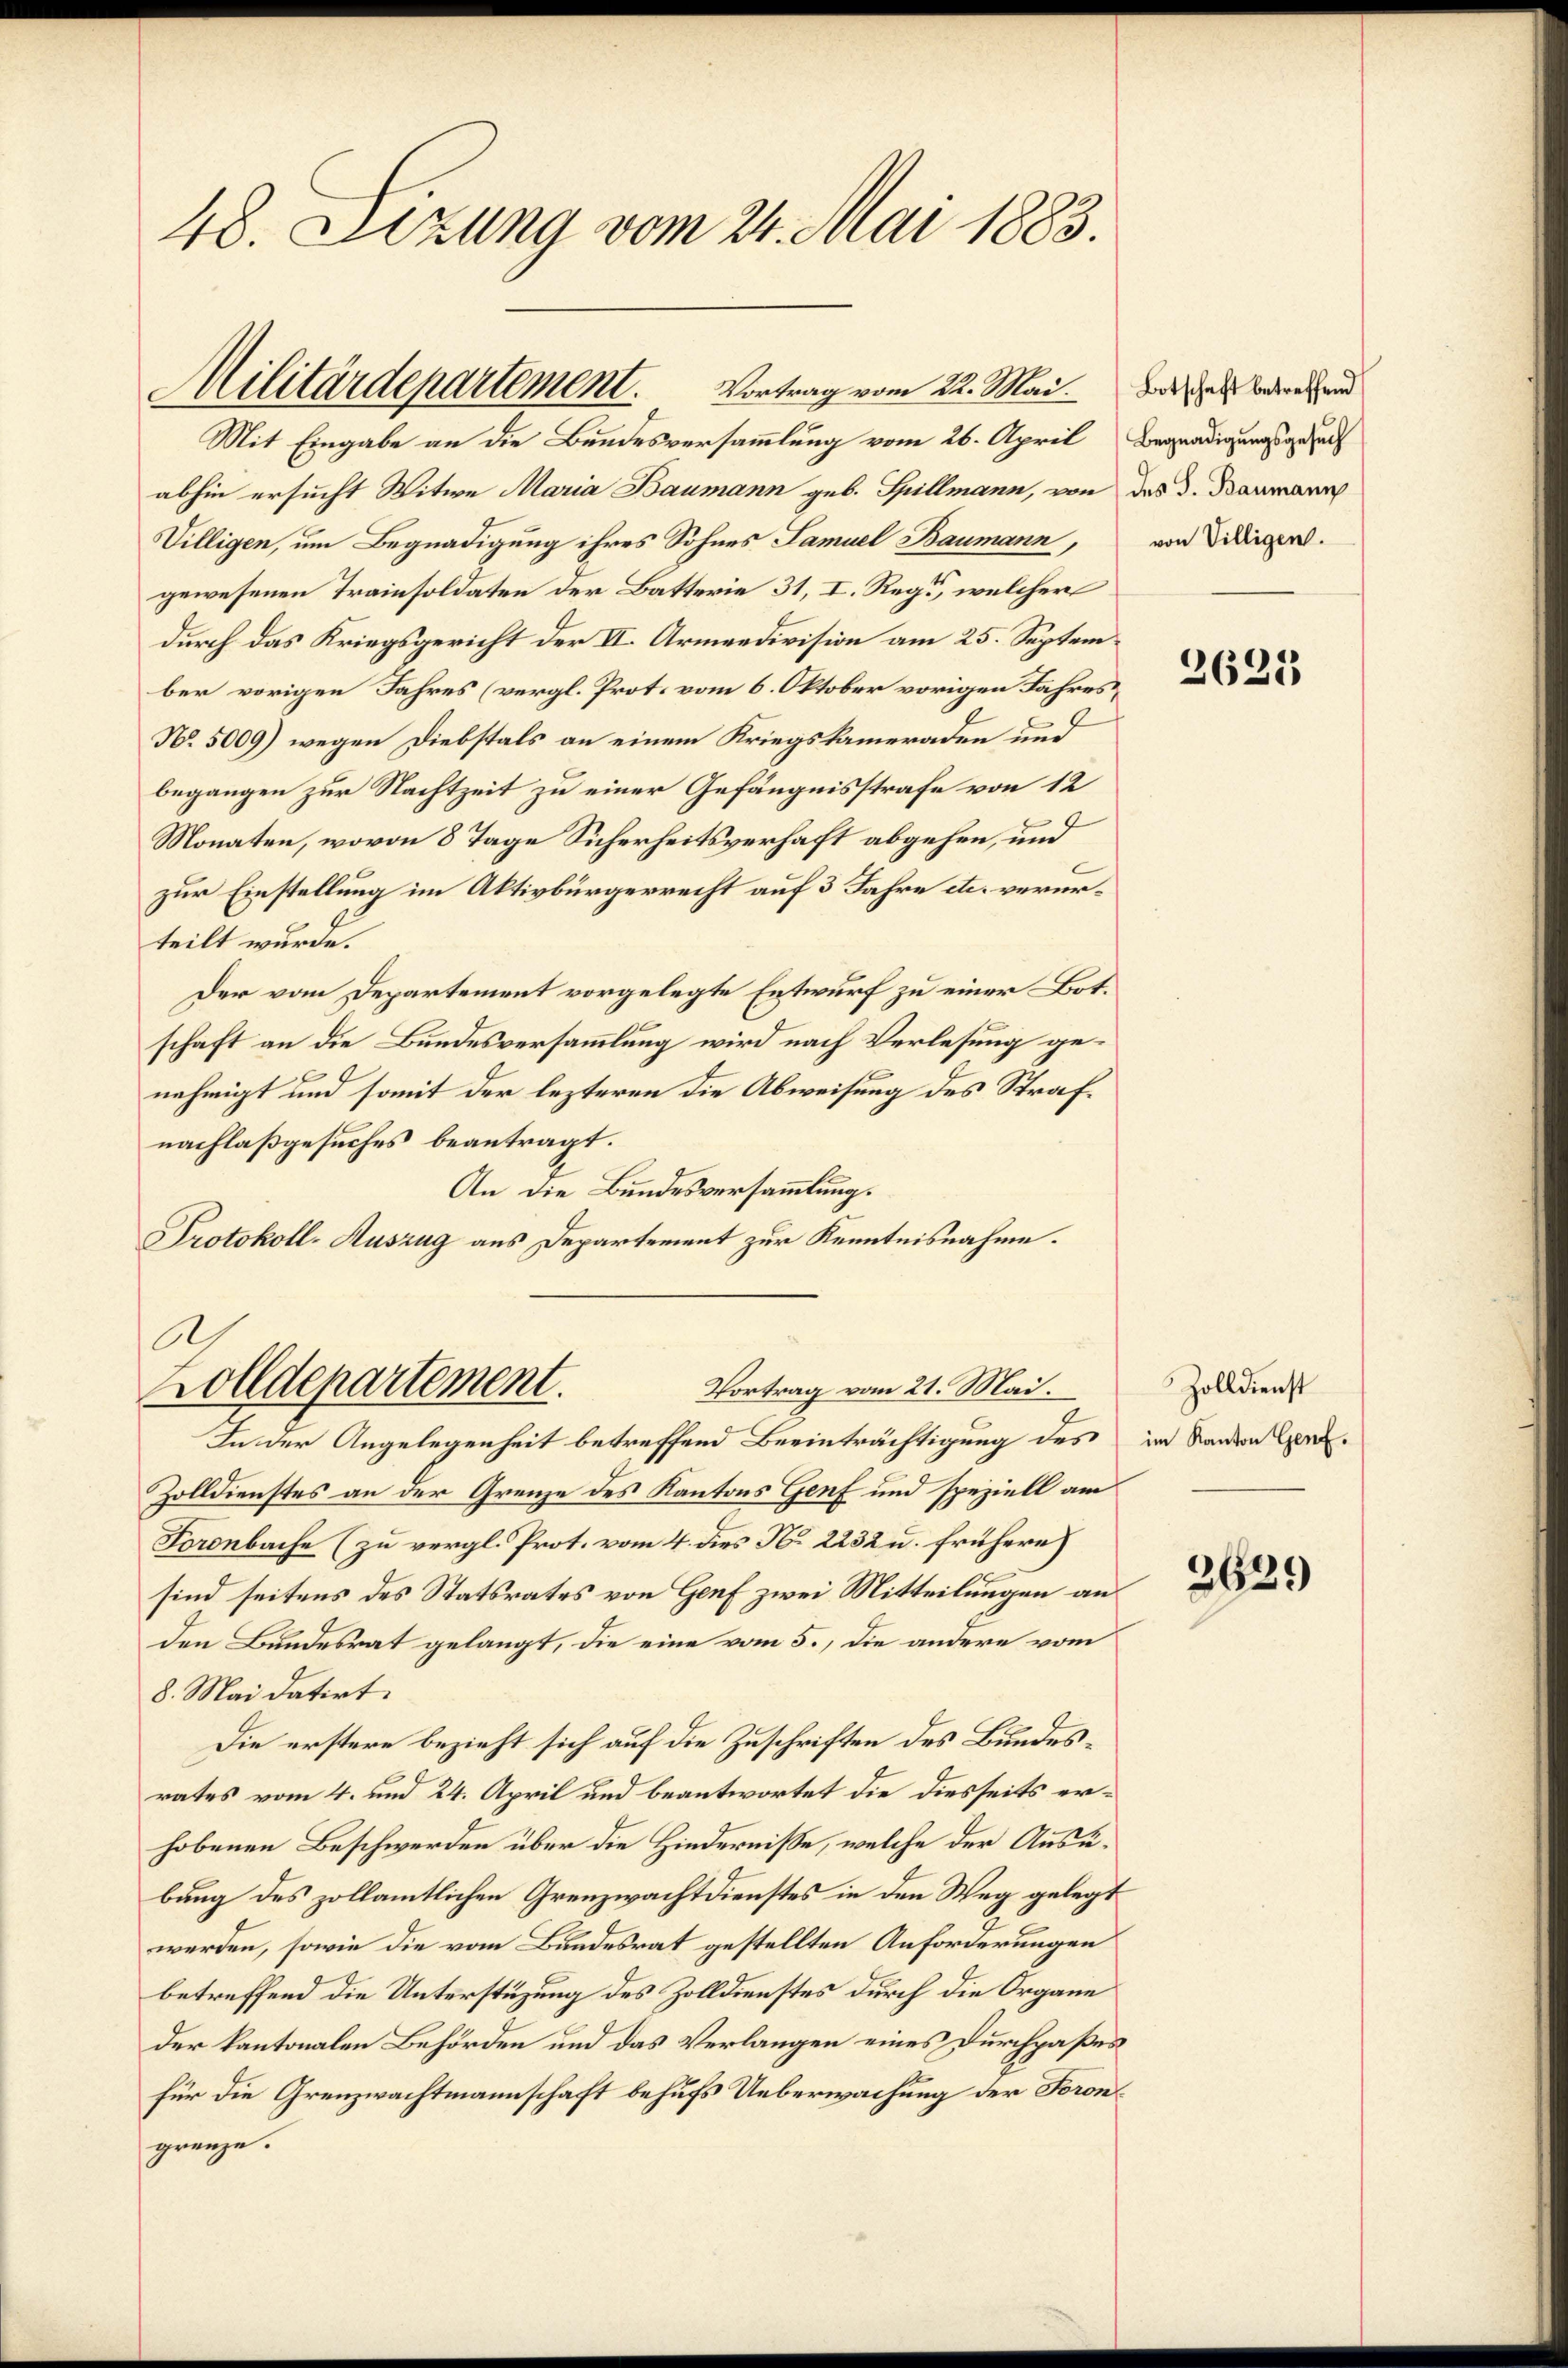
48. Sizung vom 21. Mai 1883.

Mit Eingabe an die Bundesversammlung vom 26. April
abhin ersucht Witwe Maria Baumann geb. Spillmann, von des d. Baumann
Villigen, um Begnadigung ihres Sohnes Samuel Baumann,
gewesenen Trainsoldaten der Batterie 31, I. Rege, welcher
durch das Kriegsgericht der II. Armeedivision am 25. September vorigen Jahres (vergl. Prot. vom 6. Oktober vorigen Jahres¬
No. 5009) wegen Diebstals an einem Kriegskameraden und
begangen zur Nachtzeit zu einer Gefängnisstrafe von 12
Monaten, wovon 8 Tage Sicherheitsverhaft abgehen, und
zur Einstellung im Aktivbürgerrecht auf 3 Jahre etc. verurteilt wurde.
Der vom Departement vorgelegte Entwurf zu einer Botschaft an die Bundesversammlung wird nach Verlesung genehmigt und somit der lezteren die Abweisung des Strafnachlaßgesuches beantragt.
An die Bundesversammlung.
Protokoll-Auszug aus Departement zur Kenntnisnahme.

Militärdepartement. Vortrag vom 22. Mai.

A.
Zolldepartement.
Vortrag vom 21. Mai.

In der Angelegenheit betreffend Beeinträchtigung des in Sanderner
Zolldienstes an der Grenze des Kantons Genf und speziell am
Foronbache (zu vergl. Prot. vom 4. dies No. 2232 u. frühere
sind seitens des Statsrates von Genf zwei Mitteilungen an
den Bundesrat gelangt, die eine vom 5., die andere vom
8. Mai datirt.
Die erstere bezieht sich auf die Zuschriften des Bundesrates vom 4. und 24. April und beantwortet die diesseits erhobenen Beschwerden über die Hindernisse, welche der Ausubung des zollamtlichen Grenzwachtdienstes in den Weg gelegt
werden, sowie die vom Bundesrat gestellten Anforderungen
betreffend die Unterstüzung des Zolldienstes durch die Organe
der kantonalen Behörden und das Verlangen eines Durchpaßes
für die Grenzwachtmannschaft behufs Ueberwachung der Forongrenze.

Botschaft betreffend
Begnadigungsgesuch
von Villigen.

2625

Zolldienst

3629